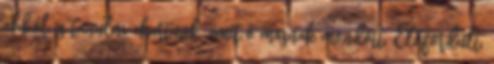
abból is tanulni akartunk, amit ő másnak mondott. Előfordult,